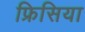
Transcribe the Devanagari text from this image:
फ्रिसिया